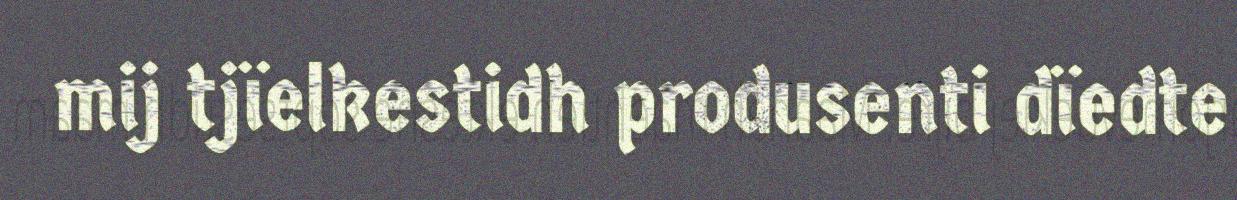
mij tjïelkestidh produsenti dïedte